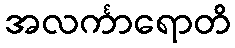
အလင်္ကာရောတိ